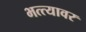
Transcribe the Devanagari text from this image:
भत्त्यावर